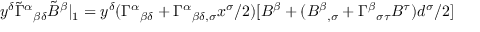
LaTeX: y ^ { \delta } \tilde { \Gamma } ^ { \alpha } { } _ { \beta \delta } \tilde { B } ^ { \beta } | _ { 1 } = y ^ { \delta } ( \Gamma ^ { \alpha } { } _ { \beta \delta } + \Gamma ^ { \alpha } { } _ { \beta \delta , \sigma } x ^ { \sigma } / 2 ) [ B ^ { \beta } + ( B ^ { \beta } { } _ { , \sigma } + \Gamma ^ { \beta } { } _ { \sigma \tau } B ^ { \tau } ) d ^ { \sigma } / 2 ]